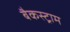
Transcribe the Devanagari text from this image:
बैकस्ट्राम